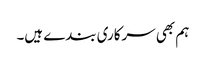
ہم بھی سرکاری بندے ہیں۔